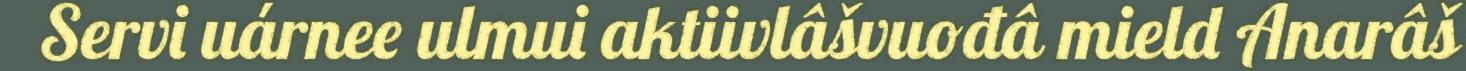
Servi uárnee ulmui aktiivlâšvuođâ mield Anarâš